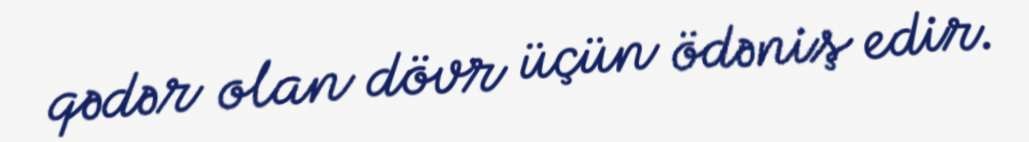
qədər olan dövr üçün ödəniş edir.